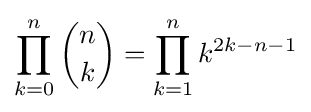
\prod _{k=0}^{n}{\binom {n}{k}}=\prod _{k=1}^{n}k^{2k-n-1}